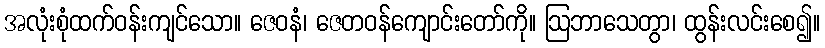
အလုံးစုံထက်ဝန်းကျင်သော။ ဇေဝနံ၊ ဇေတဝန်ကျောင်းတော်ကို။ ဩဘာသေတွာ၊ ထွန်းလင်းစေ၍။